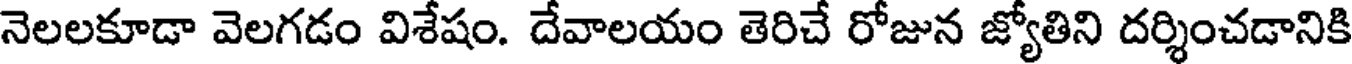
నెలలకూడా వెలగడం విశేషం. దేవాలయం తెరిచే రోజున జ్యోతిని దర్శించడానికి